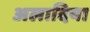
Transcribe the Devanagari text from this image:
अलादिया